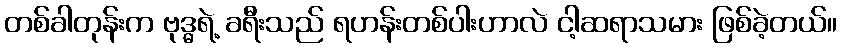
တစ်ခါတုန်းက ဗုဒ္ဓရဲ့ ခရီးသည် ရဟန်းတစ်ပါးဟာလဲ ငါ့ဆရာသမား ဖြစ်ခဲ့တယ်။